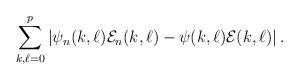
LaTeX: \begin{align*}\sum_{k, \ell = 0}^p \left|\psi_n(k,\ell)\mathcal{E}_n(k,\ell) - \psi(k,\ell)\mathcal{E}(k,\ell)\right|.\end{align*}